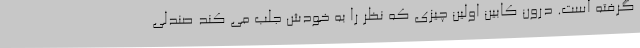
گرفته است. درون کابین اولین چیزی که نظر را به خودش جلب می کند صندلی